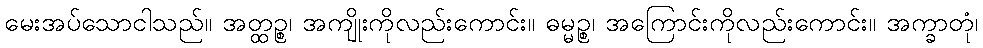
မေးအပ်သောငါသည်။ အတ္ထဉ္စ၊ အကျိုးကိုလည်းကောင်း။ ဓမ္မဉ္စ၊ အကြောင်းကိုလည်းကောင်း။ အက္ခာတုံ၊